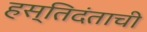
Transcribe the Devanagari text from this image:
हस्तिदंताची